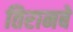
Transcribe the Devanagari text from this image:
तिरानबे